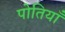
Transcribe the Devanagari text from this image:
पोतियाँ